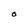
Character: O